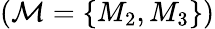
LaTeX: (\mathcal{M}=\{ M_{2},M_{3}\} )